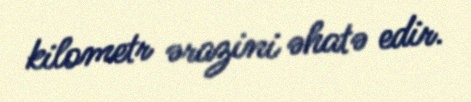
kilometr ərazini əhatə edir.